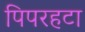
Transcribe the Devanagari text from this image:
पिपरहटा